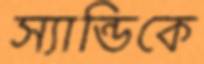
স্যান্ডিকে